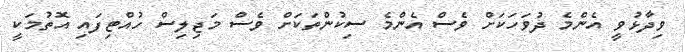
ވިދާޅުވީ އެންމެ ދުވަހަކަށް ވެސް އެންމެ ސިކުންތަކަށް ވެސް މަޖިލިސް ހުއްޓިފައި އޮތުމަކީ